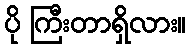
ပို ကြီးတာရှိလား။